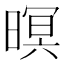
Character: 暝